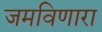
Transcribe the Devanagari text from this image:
जमविणारा